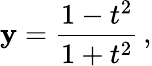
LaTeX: \mathbf{y}={\frac{{1-t^{2}}}{{1+t^{2}}}}\, ,